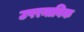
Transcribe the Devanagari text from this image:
उपरनाविक